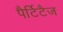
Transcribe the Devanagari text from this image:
पैर्टिटैज